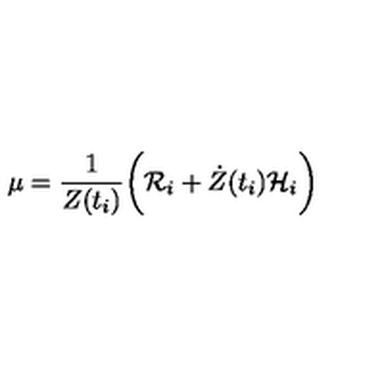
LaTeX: \mu = \frac { 1 } { Z ( t _ { i } ) } \biggr ( { \cal R } _ { i } + { \dot { Z } } ( t _ { i } ) { \cal H } _ { i } \biggl )